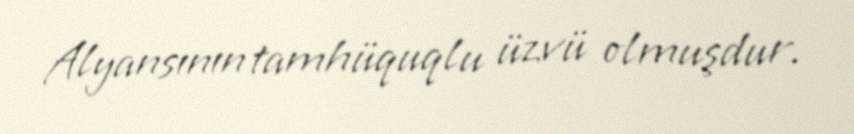
Alyansının tamhüquqlu üzvü olmuşdur.